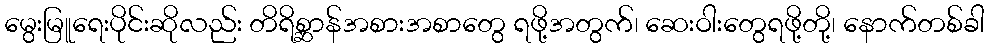
မွေးမြူရေးပိုင်းဆိုလည်း တိရိစ္ဆာန်အစားအစာတွေ ရဖို့အတွက်၊ ဆေးဝါးတွေရဖို့တို့၊ နောက်တစ်ခါ